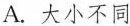
A.大小不同